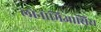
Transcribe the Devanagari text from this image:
लोनोमिआसिस